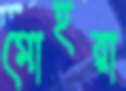
মোহরা